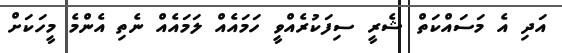
އަދި އެ މަސައްކަތް ޝެރީ ސިފަކުރެއްވީ ހަމައެއް ލަމައެއް ނެތި އެންމެ މީހަކަށް